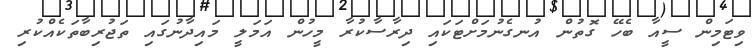
ވިޓަމިން ސީއާ ބެހޭ ގޮތުން އުނގެނުމަށްޓަކައި ދިރާސާކުރާ މީހުން އަމަލީ މައިދާނުގައި ތަޖުރިބާތަކެއްކުރި